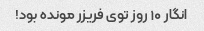
انگار ۱۰ روز توی فریزر مونده بود!